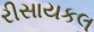
રીસાયકલ